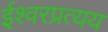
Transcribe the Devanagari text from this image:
ईश्वरप्रत्यय